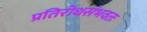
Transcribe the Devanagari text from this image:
प्रतिरोधसंभवतः